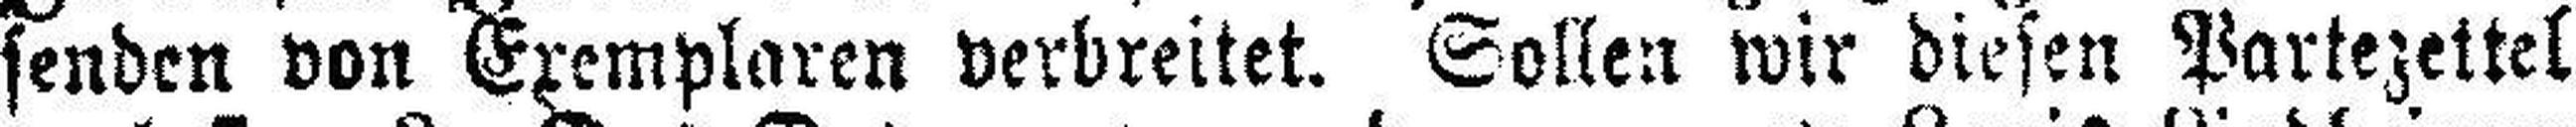
senden von Exemplaren verbreitet. Sollen wir diesen Partezettel